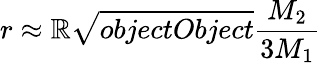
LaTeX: r\approx\mathbb{R}{\sqrt{{{objectObject}}}{{\frac{{M_{2}}}{{3M_{1}}}}}}